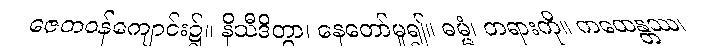
ဇေတဝန်ကျောင်း၌။ နိသီဒိတွာ၊ နေတော်မူ၍။ ဓမ္မံ၊ တရားကို။ ကထေန္တဿ၊